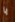
يا